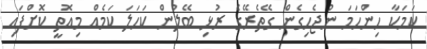
ކަމަކާ ހިންހަމަ ނުޖެހިގެން ގޭތެރޭގެ ރުޅި ބޭލުން ކަހަލަ ކަމެއް މިއޮތީ ކޮށްފައި